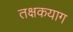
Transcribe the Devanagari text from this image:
तक्षकयाग